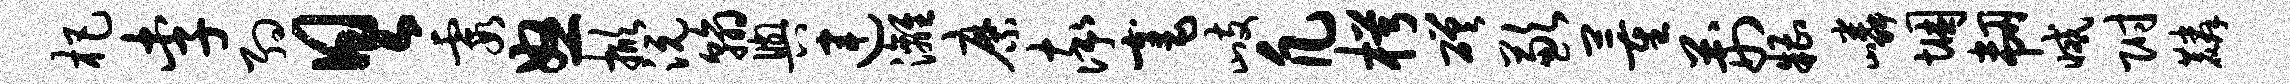
杷李约具霞怒掀沅翰舆连漓縻率毫歧凡枵磋歉董荆糟嶙悃韧减附麟